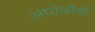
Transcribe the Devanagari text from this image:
अंघोळीची